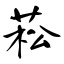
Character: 菘